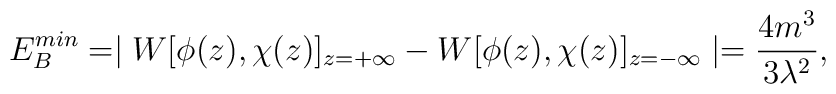
E_B^{min}=\mid W [\phi(z), \chi(z)]_{z=+\infty}- W [\phi(z),\chi(z)]_{z=-\infty} \mid =\frac{4m^3}{3\lambda^2},